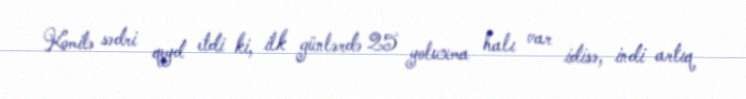
Komitə sədri qeyd etdi ki, ilk günlərdə 25 yoluxma halı var idisə, indi artıq